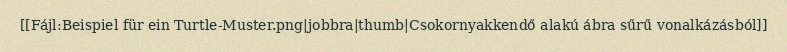
[[Fájl:Beispiel für ein Turtle-Muster.png|jobbra|thumb|Csokornyakkendő alakú ábra sűrű vonalkázásból]]